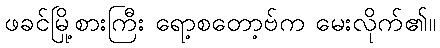
ဖခင်မြို့စားကြီး ရော့စတော့ဗ်က မေးလိုက်၏။